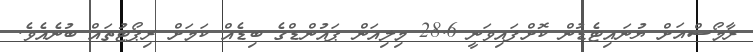
ރާމޯސްއަށް ޔުނައިޓެޑުން ކޮށްފައިވަނީ 28.6 މިލިއަން ޕައުންޑްގެ ބިޑެއް ކަމަށް ރިޕޯޓުތައް ބުނެއެވެ.